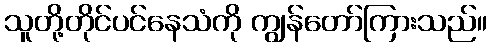
သူတို့တိုင်ပင်နေသံကို ကျွန်တော်ကြားသည်။